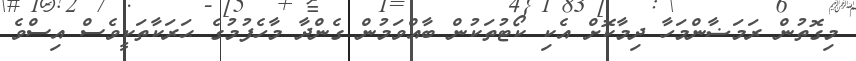
މިގޮތުން ރަމަޟާންމަހާ ދިމާކޮށް އެކި ކޯޓުތަކުން ބާއްވަމުން ގެންދާ މާހެފުމުގެ ޙަރަކާތަކީވެސް އިސްވެ